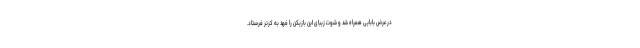
در عرض بابایی همراه شد و شوت زیبای این بازیکن را فهد به کرنر فرستاد.